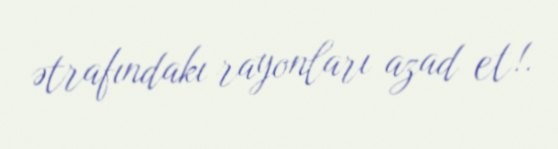
ətrafındakı rayonları azad et!.